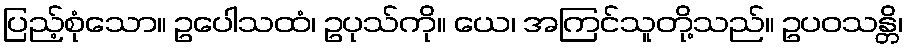
ပြည့်စုံသော။ ဥပေါသထံ၊ ဥပုသ်ကို။ ယေ၊ အကြင်သူတို့သည်။ ဥပဝသန္တိ၊